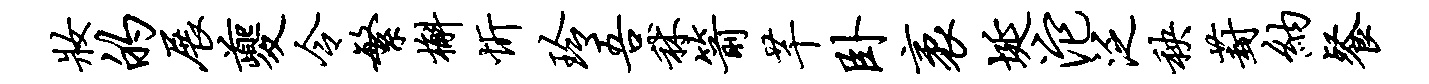
妆的展夔令繁槲忻玲吾秫箭芊卧袤埏沱泛秧葑纳餐